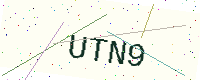
Text: UTN9